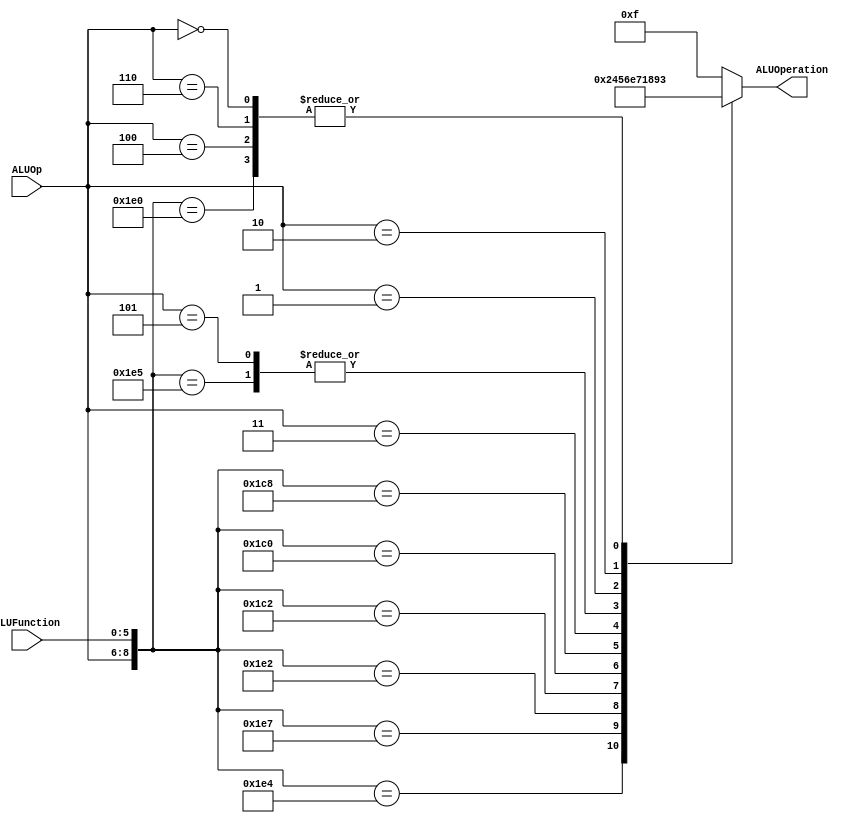
/******************************************************************
* Description
*	This is the control unit for the ALU. It receves an signal called 
*	ALUOp from the control unit and a signal called ALUFunction from
*	the intrctuion field named function.
* Version:
*	1.0
* Author:
*	Dr. Jos Luis Pizano Escalante
* email:
*	luispizano@iteso.mx
* Date:
*	01/03/2014
******************************************************************/
module ALUControl
(
	input [2:0] ALUOp,
	input [5:0] ALUFunction,
	output [3:0] ALUOperation

);
//se agregan todas las operacion que nuestro procesador sera capaz de ejecutar
localparam R_Type_AND    = 9'b111_100100;
localparam R_Type_OR     = 9'b111_100101;
localparam R_Type_NOR    = 9'b111_100111;
localparam R_Type_ADD    = 9'b111_100000;
localparam R_Type_SUB    = 9'b111_100010;
localparam R_Type_SRL    = 9'b111_000010;
localparam R_Type_SLL    = 9'b111_000000;
localparam R_Type_JR     = 9'b111_001000;

localparam I_Type_ADDI   = 9'b100_xxxxxx;
localparam I_Type_ORI    = 9'b101_xxxxxx;
localparam I_Type_LUI    = 9'b011_xxxxxx;
localparam I_Type_BEQ    = 9'b001_xxxxxx;
localparam I_Type_BNE    = 9'b010_xxxxxx;
localparam I_Type_SW     = 9'b110_xxxxxx;
localparam I_Type_LW     = 9'b000_xxxxxx;

reg [3:0] ALUControlValues;
wire [8:0] Selector;

assign Selector = {ALUOp, ALUFunction};

//se le agregan las instrucciones con un valor que debe coincidir con los valores en la ALU
always@(Selector)begin
	casex(Selector)
		R_Type_AND:    ALUControlValues = 4'b0000;
		R_Type_OR: 		ALUControlValues = 4'b0001;
		R_Type_NOR: 	ALUControlValues = 4'b0010;
		R_Type_ADD:		ALUControlValues = 4'b0011;
		R_Type_SUB: 	ALUControlValues = 4'b0100;
		R_Type_SRL:		ALUControlValues = 4'b0101;
		R_Type_SLL:		ALUControlValues = 4'b0110;
		R_Type_JR: 		ALUControlValues = 4'b1110;
		
		I_Type_LUI: 	ALUControlValues = 4'b0111;
		I_Type_ORI:		ALUControlValues = 4'b0001;
		I_Type_ADDI: 	ALUControlValues = 4'b0011;
		I_Type_BEQ: 	ALUControlValues = 4'b1000;
		I_Type_BNE: 	ALUControlValues = 4'b1001;
		I_Type_SW: 		ALUControlValues = 4'b0011;
		I_Type_LW:		ALUControlValues = 4'b0011;
		
		default: ALUControlValues = 4'b1111;
	endcase
end


assign ALUOperation = ALUControlValues;

endmodule